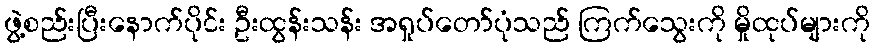
ဖွဲ့စည်းပြီးနောက်ပိုင်း ဦးထွန်းသန်း အရှုပ်တော်ပုံသည် ကြက်သွေးကို မှိုထုပ်များကို